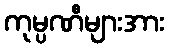
ကုမ္ပဏီများအား